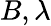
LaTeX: B,\lambda